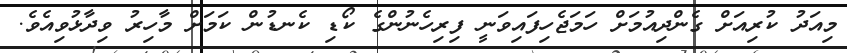
މިއަދު ކުރިއަށް ގެންދިއުމަށް ހަމަޖެހިފައިވަނީ ފިރިހެނުންގެ ކޯޑި ކެނޑުން ކަމަށް މާހިރު ވިދާޅުވިއެވެ.